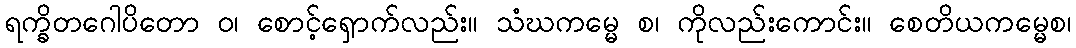
ရက္ခိတဂေါပိတော ဝ၊ စောင့်ရှောက်လည်း။ သံဃကမ္မေ စ၊ ကိုလည်းကောင်း။ စေတိယကမ္မေစ၊